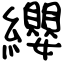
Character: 纓